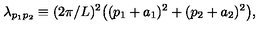
\lambda _ { p _ { 1 } p _ { 2 } } \equiv ( 2 \pi / L ) ^ { 2 } \big ( ( p _ { 1 } + a _ { 1 } ) ^ { 2 } + ( p _ { 2 } + a _ { 2 } ) ^ { 2 } \big ) ,